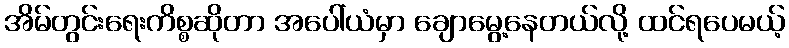
အိမ်တွင်းရေးကိစ္စဆိုတာ အပေါ်ယံမှာ ချောမွေ့နေတယ်လို့ ထင်ရပေမယ့်